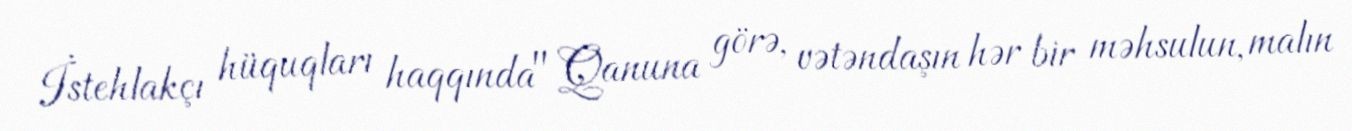
İstehlakçı hüquqları haqqında" Qanuna görə, vətəndaşın hər bir məhsulun, malın